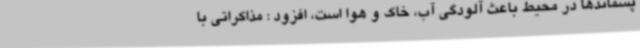
پسماندها در محیط باعث آلودگی آب، خاک و هوا است، افزود : مذاکراتی با